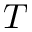
T